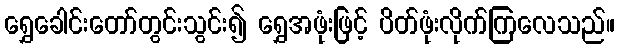
ရွှေခေါင်းတော်တွင်းသွင်း၍ ရွှေအဖုံးဖြင့် ပိတ်ဖုံးလိုက်ကြလေသည်။